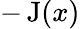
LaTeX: -\operatorname{J}(x)